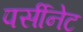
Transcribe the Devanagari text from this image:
पर्सीनेट